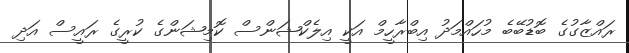
ރައްޒާގުގެ ބޮޑުބޭބެ މުހައްމަދު އިބްރާހީމް އަކީ އިލެކްޝަންސް ކޮމިޝަންގެ ކުރީގެ ރައީސް އަދި